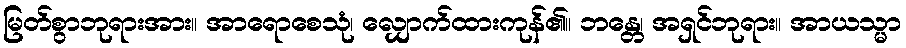
မြတ်စွာဘုရားအား။ အာရောစေသုံ၊ လျှောက်ထားကုန်၏။ ဘန္တေ၊ အရှင်ဘုရား။ အာယသ္မာ